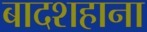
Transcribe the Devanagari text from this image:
बादशहाना